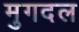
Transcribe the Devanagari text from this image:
मुगदल